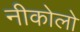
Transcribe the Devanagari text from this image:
नीकोलो